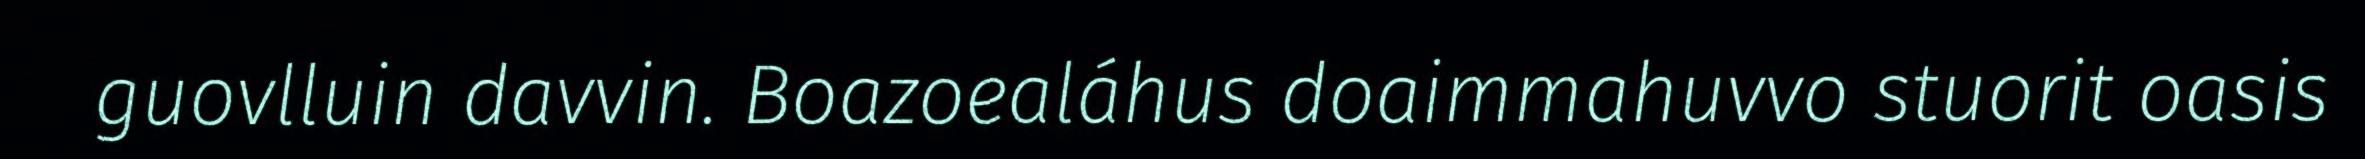
guovlluin davvin. Boazoealáhus doaimmahuvvo stuorit oasis